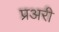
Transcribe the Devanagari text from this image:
प्रअरी